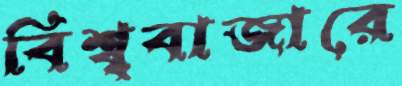
বিশ্ব্ববাজারে